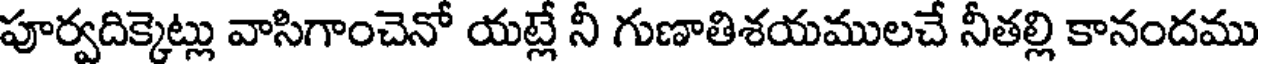
పూర్వదిక్కెట్లు వాసిగాంచెనో యట్లే నీ గుణాతిశయములచే నీతల్లి కానందము